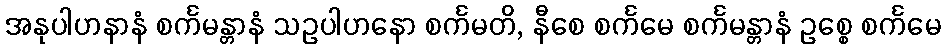
အနုပါဟနာနံ စင်္ကမန္တာနံ သဥပါဟနော စင်္ကမတိ, နီစေ စင်္ကမေ စင်္ကမန္တာနံ ဥစ္စေ စင်္ကမေ